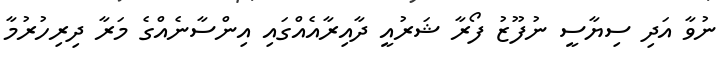
ނުވާ އަދި ސިޔާސީ ނުފޫޒު ފޯރާ ޝަރުއީ ދާއިރާއެއްގައި އިންސާނެއްގެ މަރާ ދިރިހުރުމާ